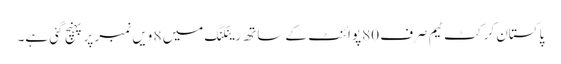
پاکستان کرکٹ ٹیم صرف 80 پوائنٹ کے ساتھ رینکنگ میں 8 ویں نمبر پر پہنچ گئی ہے۔